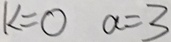
k = 0 a = 3